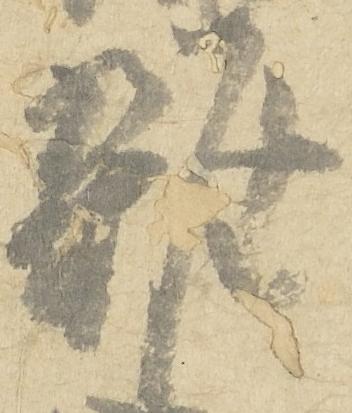
雑